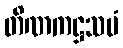
တိဏကဋ္ဌသမံ